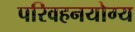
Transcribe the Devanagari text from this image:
परिवहनयोग्य